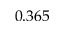
0 . 3 6 5